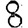
Digit: 8